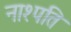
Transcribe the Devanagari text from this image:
नाश्पति